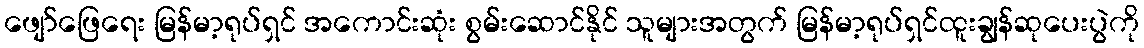
ဖျော်ဖြေရေး မြန်မာ့ရုပ်ရှင် အကောင်းဆုံး စွမ်းဆောင်နိုင် သူများအတွက် မြန်မာ့ရုပ်ရှင်ထူးချွန်ဆုပေးပွဲကို